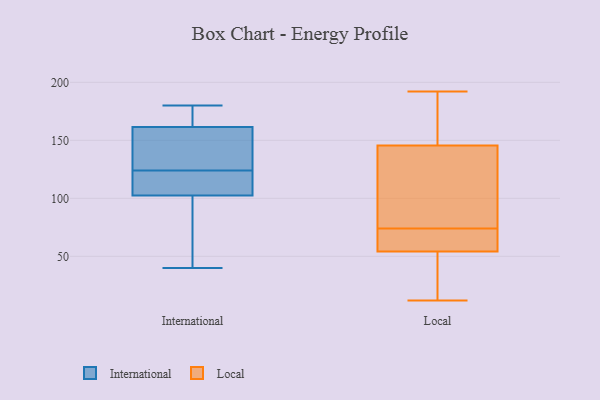
{"axis": {"x": "Waste Production (Tons)", "y": "Value"}, "legend": ["International", "Local"], "data": [{"x": "", "y": 157, "type": "International"}, {"x": "", "y": 110, "type": "International"}, {"x": "", "y": 49, "type": "International"}, {"x": "", "y": 75, "type": "International"}, {"x": "", "y": 180, "type": "International"}, {"x": "", "y": 40, "type": "International"}, {"x": "", "y": 136, "type": "International"}, {"x": "", "y": 124, "type": "International"}, {"x": "", "y": 100, "type": "International"}, {"x": "", "y": 180, "type": "International"}, {"x": "", "y": 122, "type": "International"}, {"x": "", "y": 165, "type": "International"}, {"x": "", "y": 119, "type": "International"}, {"x": "", "y": 154, "type": "International"}, {"x": "", "y": 163, "type": "International"}, {"x": "", "y": 71, "type": "Local"}, {"x": "", "y": 192, "type": "Local"}, {"x": "", "y": 66, "type": "Local"}, {"x": "", "y": 74, "type": "Local"}, {"x": "", "y": 182, "type": "Local"}, {"x": "", "y": 36, "type": "Local"}, {"x": "", "y": 187, "type": "Local"}, {"x": "", "y": 41, "type": "Local"}, {"x": "", "y": 55, "type": "Local"}, {"x": "", "y": 129, "type": "Local"}, {"x": "", "y": 101, "type": "Local"}, {"x": "", "y": 30, "type": "Local"}, {"x": "", "y": 121, "type": "Local"}, {"x": "", "y": 167, "type": "Local"}, {"x": "", "y": 54, "type": "Local"}, {"x": "", "y": 12, "type": "Local"}, {"x": "", "y": 71, "type": "Local"}, {"x": "", "y": 84, "type": "Local"}, {"x": "", "y": 151, "type": "Local"}]}